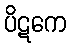
ပိဋကေ